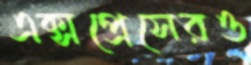
এক্সপ্রেসেরও